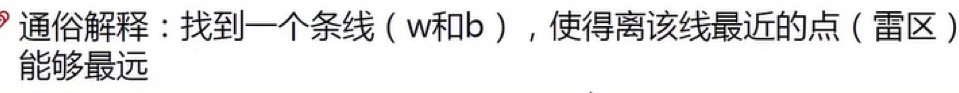
通俗解释：找到一个条线（w和b），使得离该线最近的点（雷区）能够最远